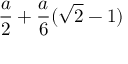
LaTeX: { \frac { a } { 2 } } + { \frac { a } { 6 } } ( { \sqrt { 2 } } - 1 )